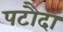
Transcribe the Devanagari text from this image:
पटौदा